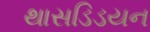
થાસડિડયન